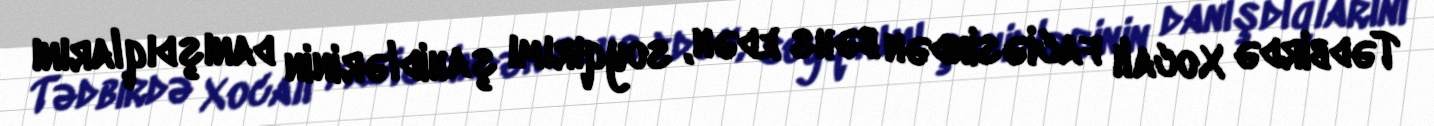
Tədbirdə Xocalı faciəsindən bəhs edən, soyqırımı şahidlərinin danışdıqlarını